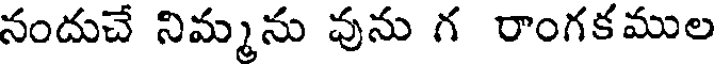
నందుచే నిమ్మను వును గ రాంగకముల